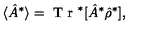
\langle \hat { A } ^ { * } \rangle = \textrm { T r } ^ { * } [ \hat { A } ^ { * } \hat { \rho } ^ { * } ] ,